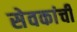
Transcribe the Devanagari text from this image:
सेवकांची